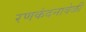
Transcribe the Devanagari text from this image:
रणकंदनावेळी